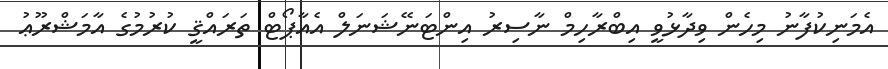
އެމަނިކުފާނު މިހެން ވިދާޅުވީ އިބްރާހިމް ނާސިރު އިންޓަނޭޝަނަލް އެއާޕޯޓް ތަރައްޤީ ކުރުމުގެ އާމަޝްރޫޢު